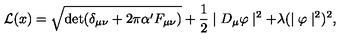
{ \cal L } ( x ) = \sqrt { \mathrm { d e t } ( \delta _ { \mu \nu } + 2 \pi \alpha ^ { \prime } F _ { \mu \nu } ) } + \frac { 1 } { 2 } \mid D _ { \mu } \varphi \mid ^ { 2 } + \lambda ( \mid \varphi \mid ^ { 2 } ) ^ { 2 } ,